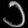
Digit: ၁